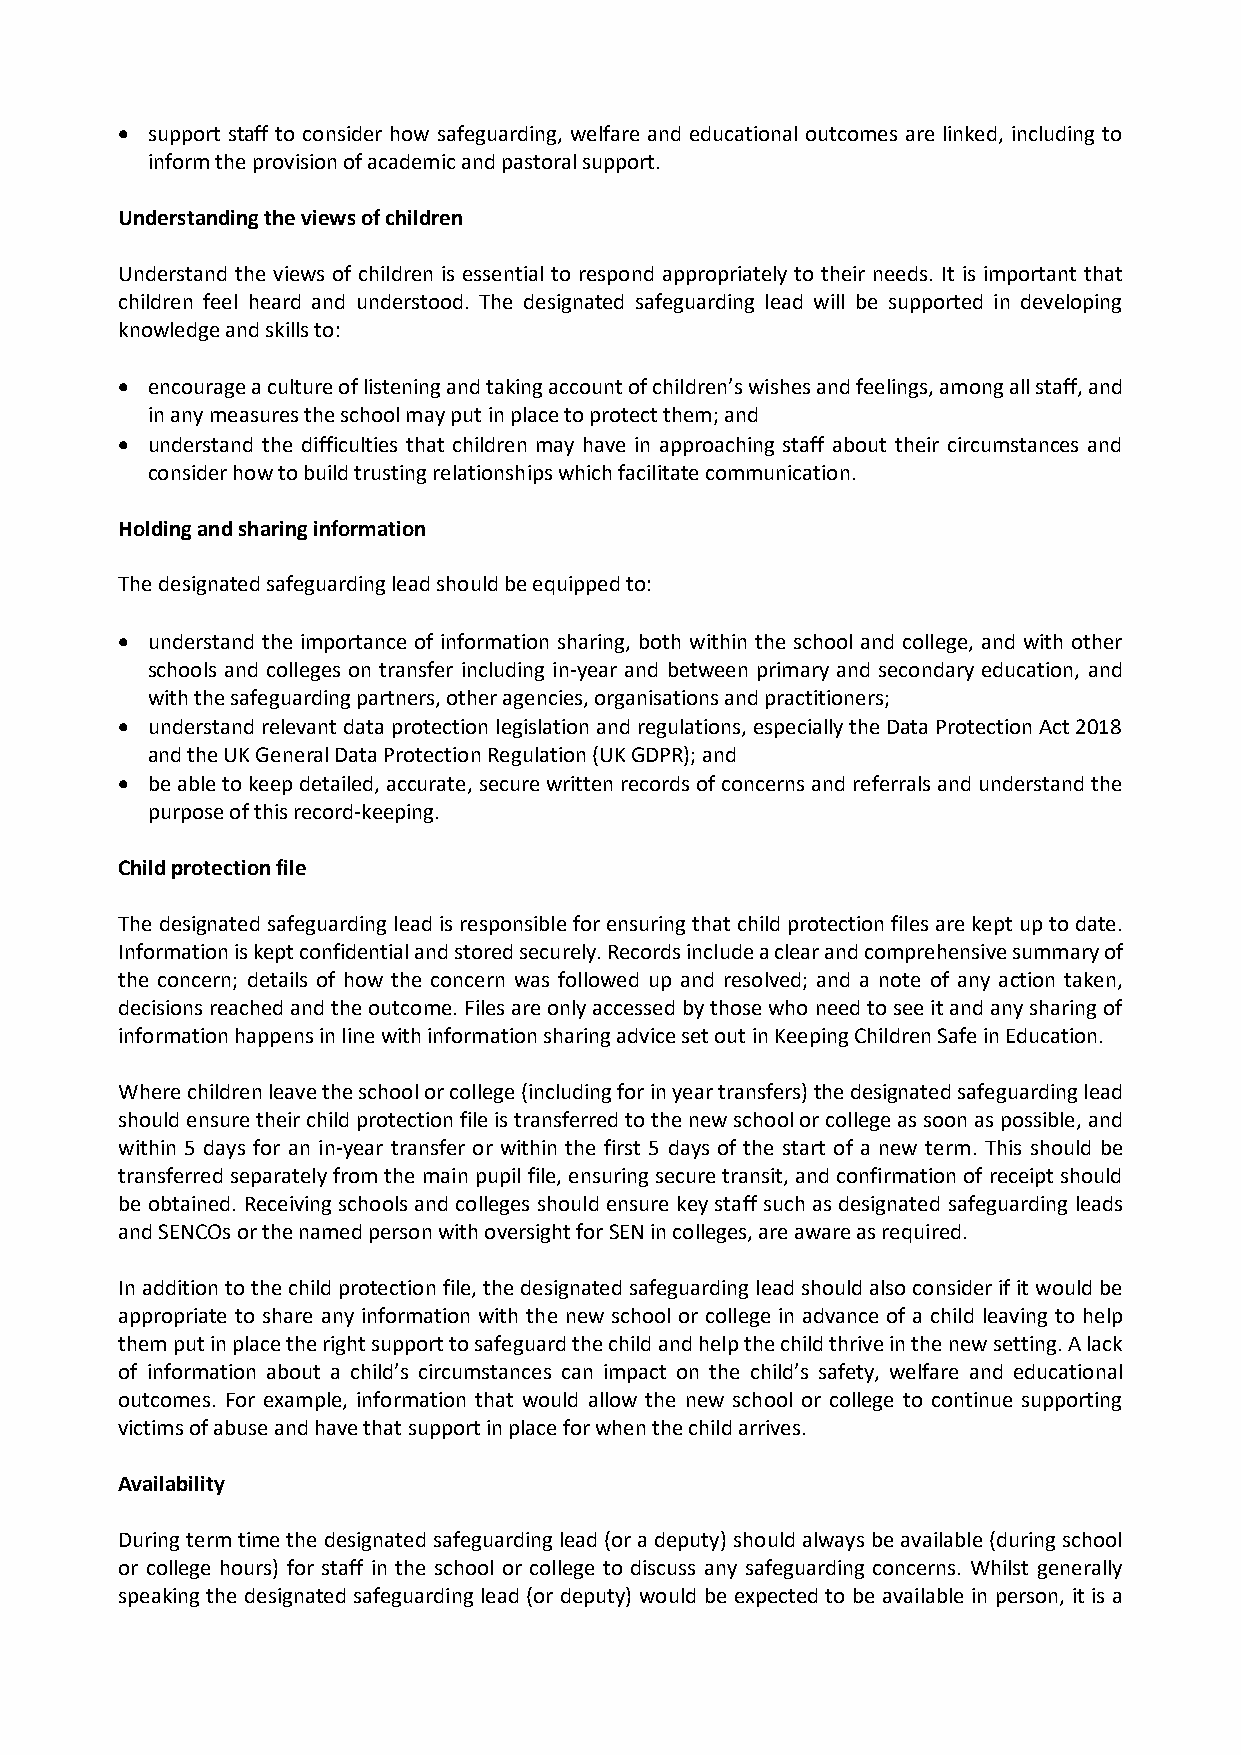
• support staff to consider how safeguarding, welfare and educational outcomes are linked, including to
 inform the provision of academic and pastoral support.
 Understanding the views of children
 Understand the views of children is essential to respond appropriately to their needs. It is important that
 children feel heard and understood. The designated safeguarding lead will be supported in developing
 knowledge and skills to:
 • encourage a culture of listening and taking account of children’s wishes and feelings, among all staff, and
 in any measures the school may put in place to protect them; and
 • understand the difficulties that children may have in approaching staff about their circumstances and
 consider how to build trusting relationships which facilitate communication.
 Holding and sharing information
 The designated safeguarding lead should be equipped to:
 • understand the importance of information sharing, both within the school and college, and with other
 schools and colleges on transfer including in-year and between primary and secondary education, and
 with the safeguarding partners, other agencies, organisations and practitioners;
 • understand relevant data protection legislation and regulations, especially the Data Protection Act 2018
 and the UK General Data Protection Regulation (UK GDPR); and
 • be able to keep detailed, accurate, secure written records of concerns and referrals and understand the
 purpose of this record-keeping.
 Child protection file
 The designated safeguarding lead is responsible for ensuring that child protection files are kept up to date.
 Information is kept confidential and stored securely. Records include a clear and comprehensive summary of
 the concern; details of how the concern was followed up and resolved; and a note of any action taken,
 decisions reached and the outcome. Files are only accessed by those who need to see it and any sharing of
 information happens in line with information sharing advice set out in Keeping Children Safe in Education.
 Where children leave the school or college (including for in year transfers) the designated safeguarding lead
 should ensure their child protection file is transferred to the new school or college as soon as possible, and
 within 5 days for an in-year transfer or within the first 5 days of the start of a new term. This should be
 transferred separately from the main pupil file, ensuring secure transit, and confirmation of receipt should
 be obtained. Receiving schools and colleges should ensure key staff such as designated safeguarding leads
 and SENCOs or the named person with oversight for SEN in colleges, are aware as required.
 In addition to the child protection file, the designated safeguarding lead should also consider if it would be
 appropriate to share any information with the new school or college in advance of a child leaving to help
 them put in place the right support to safeguard the child and help the child thrive in the new setting. A lack
 of information about a child’s circumstances can impact on the child’s safety, welfare and educational
 outcomes. For example, information that would allow the new school or college to continue supporting
 victims of abuse and have that support in place for when the child arrives.
 Availability
 During term time the designated safeguarding lead (or a deputy) should always be available (during school
 or college hours) for staff in the school or college to discuss any safeguarding concerns. Whilst generally
 speaking the designated safeguarding lead (or deputy) would be expected to be available in person, it is a